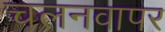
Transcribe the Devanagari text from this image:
चलनवापर